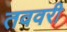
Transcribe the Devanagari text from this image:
तववरी